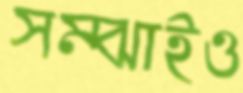
সম্‌ঝাইও